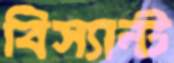
বিস্যান্ট